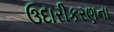
ઉદારીકરણના